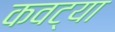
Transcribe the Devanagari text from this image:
कवट्या